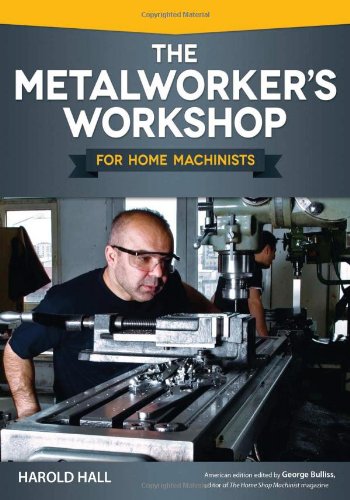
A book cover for Metalworker's Workshop for Home Machinists, The; Harold Hall; Crafts, Hobbies & Home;